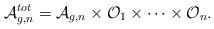
\begin{align*}{\cal A}_{g,n}^{tot}={\cal A}_{g,n}\times {\cal O}_{1}\times \dots\times {\cal O}_{n}. \end{align*}